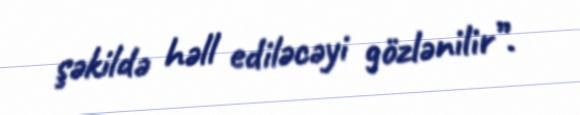
şəkildə həll ediləcəyi gözlənilir”.